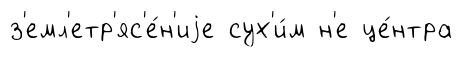
з'емл'етр'яс'е́н'иjе сух'и́м н'е це́нтра